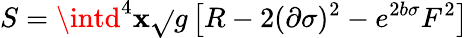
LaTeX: S=\intd^{4}\mathbf{x}\sqrt{}{{g}}\left[R-2(\partial\sigma)^{2}-e^{2b\sigma}F^{2}\right]